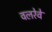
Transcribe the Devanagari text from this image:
वलरेवे